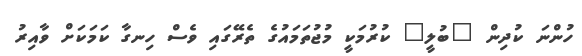
ހުންނަ ކުދިން "ބުލީ" ކުރުމަކީ މުޖުތަމައުގެ ތެރޭގައި ވެސް ހިނގާ ކަމަކަށް ވާއިރު